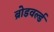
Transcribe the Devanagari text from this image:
ब्रोडवर्ल्ड